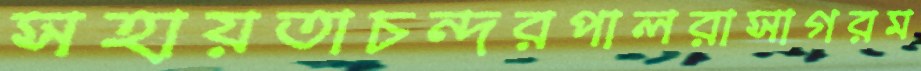
সহায়তাচন্দরপালরাসাগরম